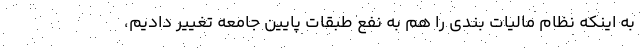
به اینکه نظام مالیات بندی را هم به نفع طبقات پایین جامعه تغییر دادیم،